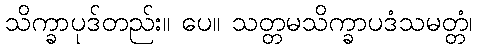
သိက္ခာပုဒ်တည်း။ ပေ။ သတ္တမသိက္ခာပဒံသမတ္တံ၊